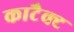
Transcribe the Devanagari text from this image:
काटैक्ट